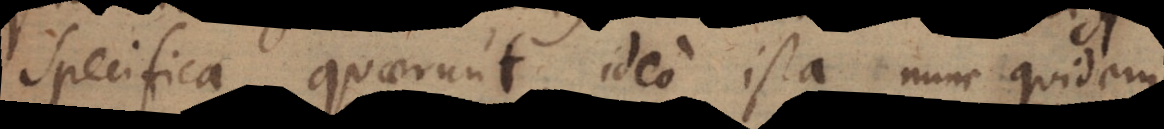
specifica quaerunt, ideo ista nunc quidem